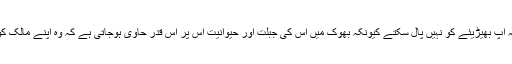
یہی وجہ ہے کہ آپ بھیڑیئے کو نہیں پال سکتے کیونکہ بھوک میں اس کی جبلت اور حیوانیت اس پر اس قدر حاوی ہوجاتی ہے کہ وہ اپنے مالک کو کھا سکتا ہے۔